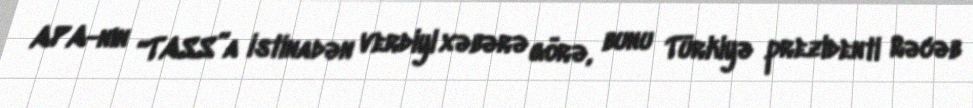
APA-nın “TASS”a istinadən verdiyi xəbərə görə, bunu Türkiyə prezidenti Rəcəb